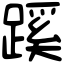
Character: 蹊